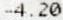
-4.20